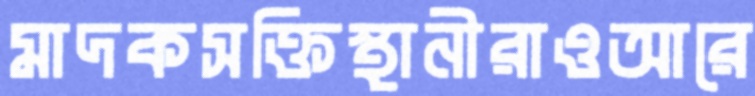
মাদকসক্তিস্থানীরাওআরে